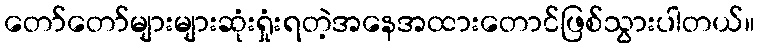
တော်တော်များများဆုံးရှုံးရတဲ့အနေအထားတောင်ဖြစ်သွားပါတယ်။